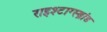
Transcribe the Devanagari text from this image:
राइश्टाग्स्ब्रांड